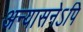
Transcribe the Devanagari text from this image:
अन्यासनेऽपि